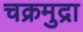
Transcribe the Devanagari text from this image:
चक्रमुद्रा